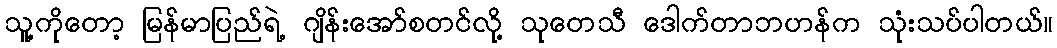
သူ့ကိုတော့ မြန်မာပြည်ရဲ့ ဂျိန်းအော်စတင်လို့ သုတေသီ ဒေါက်တာဘဟန်က သုံးသပ်ပါတယ်။